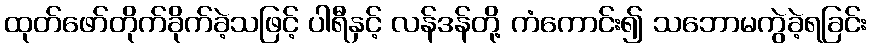
ထုတ်ဖော်တိုက်ခိုက်ခဲ့သဖြင့် ပါရီနှင့် လန်ဒန်တို့ ကံကောင်း၍ သဘောမကွဲခဲ့ရခြင်း